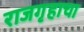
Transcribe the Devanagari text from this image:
राजगृहाचा